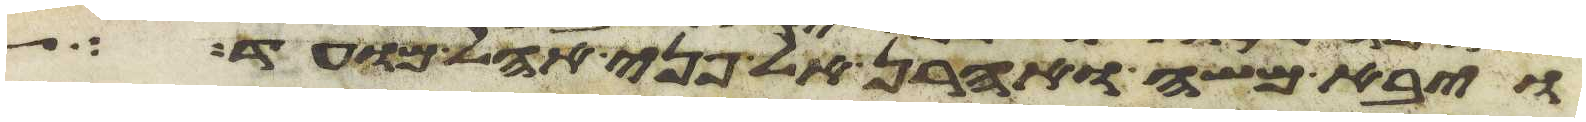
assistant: ויבא משה ואהרן אל פני אהל מועד